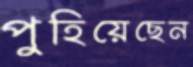
পুহিয়েছেন